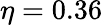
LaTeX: \eta=0.36